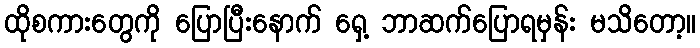
ထိုစကားတွေကို ပြောပြီးနောက် ရှေ့ ဘာဆက်ပြောရမှန်း မသိတော့။